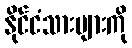
နိုင်ငံသားများကို